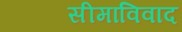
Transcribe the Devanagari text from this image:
सीमाविवाद